Civil Veterinary Department. Madras. Admin. report 1926-33 - 1926-1933
Year: 1926
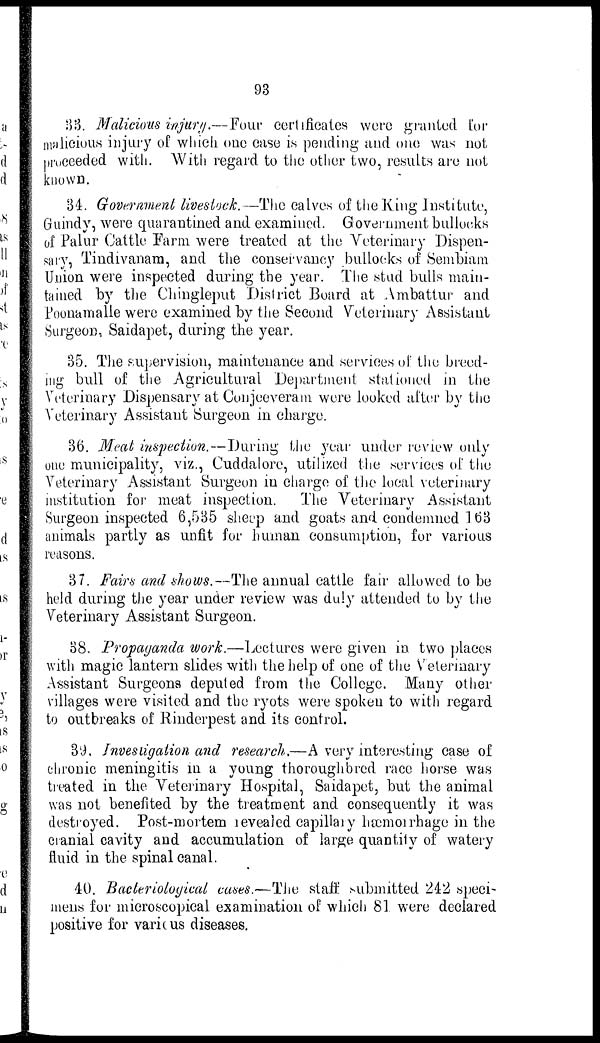
93
33. Malicious injury.—Four certificates were granted for
malicious injury of which one case is pending and one was not
proceeded with. With regard to the other two, results are not
known.
34. Government livestock.—The calves of the King Institute,
Guindy, were quarantined and examined. Government bullocks
of Palur Cattle Farm, were treated at the Veterinary Dispen-
sary, Tindivanam, and the conservancy bullocks of Sembiam
Union were inspected during the year. The stud bulls main-
tained by the Chingleput District Board at Ambattur and
Poonamalle were examined by the Second Veterinary Assistant
Surgeon, Saidapet, during the year.
35. The supervision, maintenance and services of the breed-
ing bull of the Agricultural Department stationed in the
Veterinary Dispensary at Conjeeveram were looked after by the
Veterinary Assistant Surgeon in charge.
36. Meat inspection.—During the year under review only
one municipality, viz., Cuddalore, utilized the services of the
Veterinary Assistant Surgeon in charge of the local veterinary
institution for meat inspection. The Veterinary Assistant
Surgeon inspected 6,535 sheep and goats and condemned 163
animals partly as unfit for human consumption, for various
reasons.
37. Fairs and shows.—The annual cattle fair allowed to be
held during the year under review was duly attended to by the
Veterinary Assistant Surgeon.
38. Propaganda work.—Lectures were given in two places
with magic lantern slides with the help of one of the Veterinary
Assistant Surgeons deputed from the College. Many other
villages were visited and the ryots were spoken to with regard
to outbreaks of Rinderpest and its control.
39. Investigation and research,—A very interesting case of
chronic meningitis in a young thoroughbred race horse was
treated in the Veterinary Hospital, Saidapet, but the animal
was not benefited by the treatment and consequently it was
destroyed. Post-mortem revealed capillary hæmorrhage in the
cranial cavity and accumulation of large quantity of watery
fluid in the spinal canal.
40. Bacteriological cases.—The staff submitted 242 speci-
mens for microscopical examination of which 81 were declared
positive for various diseases.